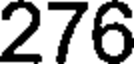
276